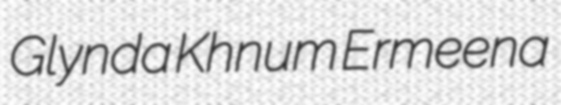
Glynda Khnum Ermeena